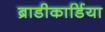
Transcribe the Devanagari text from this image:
ब्राडीकार्डिया